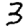
Digit: 3